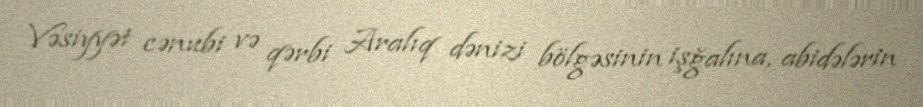
Vəsiyyət cənubi və qərbi Aralıq dənizi bölgəsinin işğalına, abidələrin